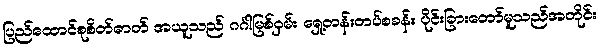
ပြည်ထောင်စုစိတ်ဓာတ် အယူသည် ဂင်္ဂါမြစ်ဝှမ်း ရှေ့တန်းတပ်စခန်း ပိုင်းခြားတော်မူသည်အတိုင်း